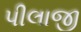
પીલાજી